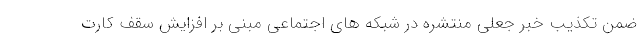
ضمن تکذیب خبر جعلی منتشره در شبکه های اجتماعی مبنی بر افزایش سقف کارت